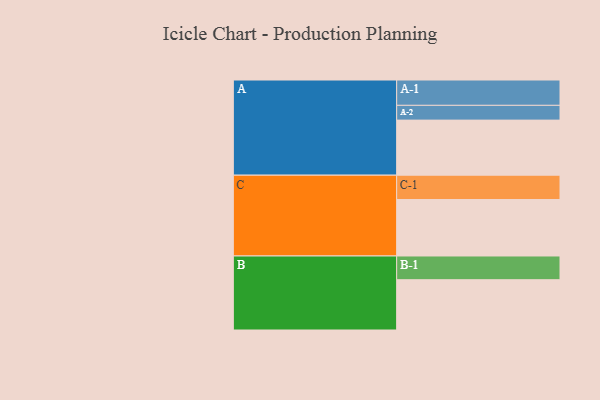
{"axis": {"x": "Segment", "y": "Value"}, "legend": ["", "A", "B", "C"], "data": [{"x": "A", "y": 585, "type": ""}, {"x": "B", "y": 534, "type": ""}, {"x": "C", "y": 600, "type": ""}, {"x": "A-1", "y": 269, "type": "A"}, {"x": "A-2", "y": 157, "type": "A"}, {"x": "B-1", "y": 252, "type": "B"}, {"x": "C-1", "y": 258, "type": "C"}]}